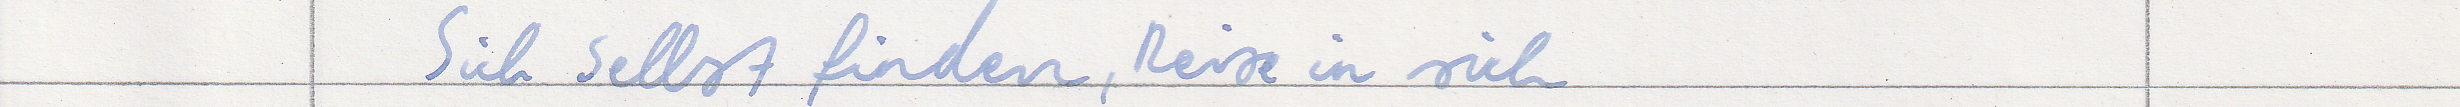
Sich selbst finden, Reise in sich